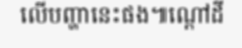
លើបញ្ហានេះផង៕ណ្តៅដី